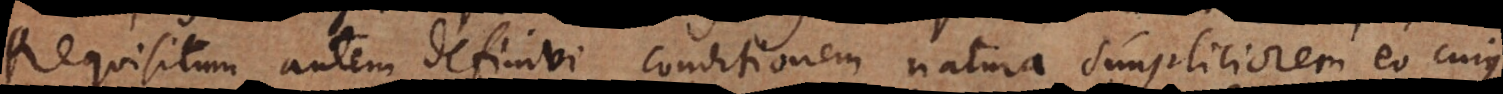
Requisitum autem definivi conditionem natura simpliciorem eo cujus